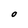
Character: O